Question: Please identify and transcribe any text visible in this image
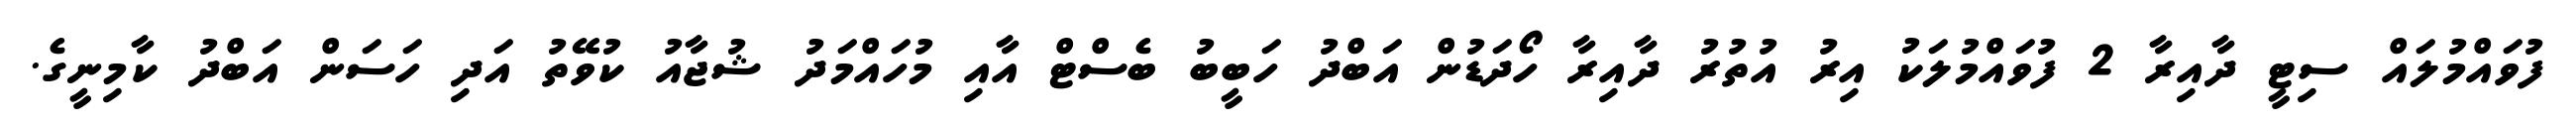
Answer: ފުވައްމުލައް ސިޓީ ދާއިރާ 2 ފުވައްމުލަކު އިރު އުތުރު ދާއިރާ ހޯދަޑުން އަބްދު ހަބީބު ބެސްޓް އާއި މުހައްމަދު ޝުޖާއު ކުވޭތު އަދި ހަސަން އަބްދު ކާމިނީގެ.